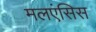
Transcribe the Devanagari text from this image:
मलएंसिस